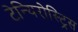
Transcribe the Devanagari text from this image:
टेन्यिरोस्ट्रिस